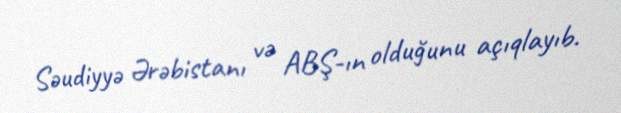
Səudiyyə Ərəbistanı və ABŞ-ın olduğunu açıqlayıb.